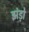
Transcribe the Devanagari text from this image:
झंड़ो